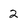
Character: 2